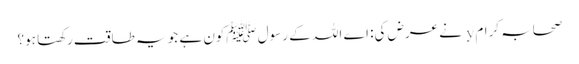
صحابہ کرام y نے عرض کی: اے اللہ کے رسول ﷺکون ہے جو یہ طاقت رکھتا ہو؟